Indian journal of veterinary science and animal husbandry - Volume 6,
Year: 1936
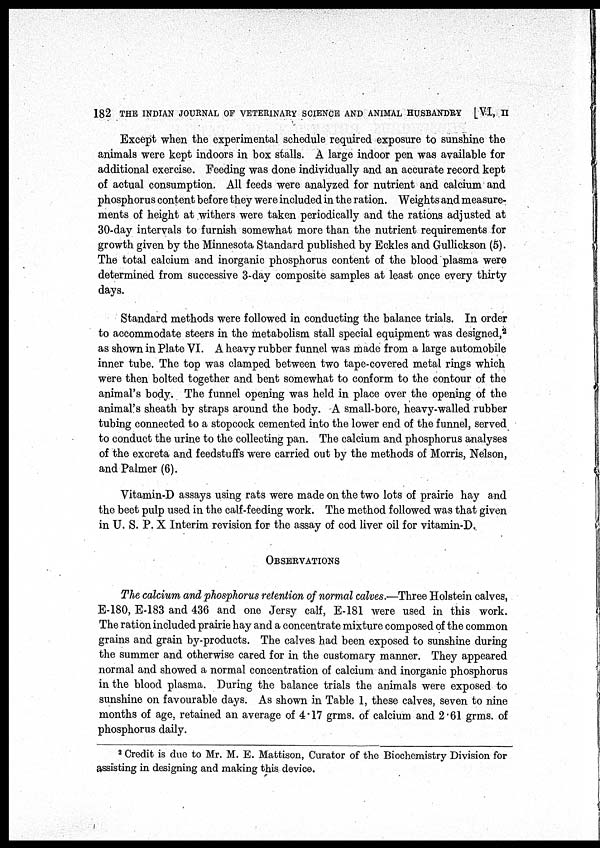
182 THE INDIAN JOURNAL OF VETERINARY SCIENCE AND ANIMAL HUSBANDRY
[VI, II
Except when the experimental schedule required exposure to sunshine the
animals were kept indoors in box stalls. A large indoor pen was available for
additional exercise. Feeding was done individually and an accurate record kept
of actual consumption. All feeds were analyzed for nutrient and calcium and
phosphorus content before they were included in the ration. Weights and measure-
ments of height at withers were taken periodically and the rations adjusted at
30-day intervals to furnish somewhat more than the nutrient requirements for
growth given by the Minnesota Standard published by Eckles and Gullickson (5).
The total calcium and inorganic phosphorus content of the blood plasma were
determined from successive 3-day composite samples at least once every thirty
days.
Standard methods were followed in conducting the balance trials. In order
to accommodate steers in the metabolism stall special equipment was designed, 2
as shown in Plate VI. A heavy rubber funnel was made from a large automobile
inner tube. The top was clamped between two tape-covered metal rings which
were then bolted together and bent somewhat to conform to the contour of the
animal's body. The funnel opening was held in place over the opening of the
animal's sheath by straps around the body. A small-bore, heavy-walled rubber
tubing connected to a stopcock cemented into the lower end of the funnel, served
to conduct the urine to the collecting pan. The calcium and phosphorus analyses
of the excreta and feedstuffs were carried out by the methods of Morris, Nelson,
and Palmer (6).
Vitamin-D assays using rats were made on the two lots of prairie hay and
the beet pulp used in the calf-feeding work. The method followed was that given
in U. S. P. X Interim revision for the assay of cod liver oil for vitamin-D.
OBSERVATIONS
The calcium and phosphorus retention of normal calves.—Three Holstein calves,
E-180, E-183 and 436 and one Jersy calf, E-181 were used in this work.
The ration included prairie hay and a concentrate mixture composed of the common
grains and grain by-products. The calves had been exposed to sunshine during
the summer and otherwise cared for in the customary manner. They appeared
normal and showed a normal concentration of calcium and inorganic phosphorus
in the blood plasma. During the balance trials the animals were exposed to
sunshine on favourable days. As shown in Table 1, these calves, seven to nine
months of age, retained an average of 4.17 grms. of calcium and 2.61 grms. of
phosphorus daily.
2 Credit is due to Mr. M. E. Mattison, Curator of the Biochemistry Division for
assisting in designing and making this device.